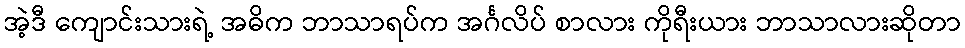
အဲ့ဒီ ကျောင်းသားရဲ့ အဓိက ဘာသာရပ်က အင်္ဂလိပ် စာလား ကိုရီးယား ဘာသာလားဆိုတာ